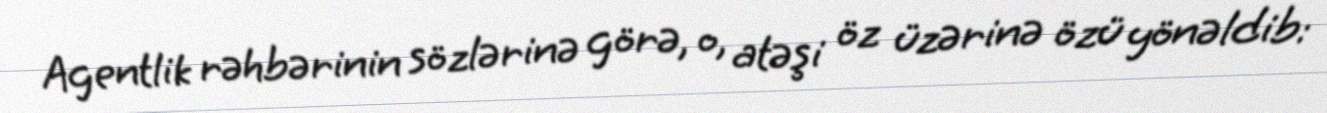
Agentlik rəhbərinin sözlərinə görə, o, atəşi öz üzərinə özü yönəldib: